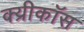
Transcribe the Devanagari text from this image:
क्य्रीकॉस